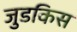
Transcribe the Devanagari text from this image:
जुडकिस